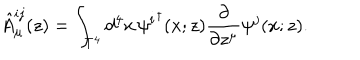
LaTeX: \hat { A } _ { \mu } ^ { i j } ( z ) = \int _ { T ^ { 4 } } d ^ { 4 } x \, { \psi ^ { i } } ^ { \dagger } ( x ; z ) \frac { \partial } { \partial z ^ { \mu } } \psi ^ { j } ( x ; z ) .